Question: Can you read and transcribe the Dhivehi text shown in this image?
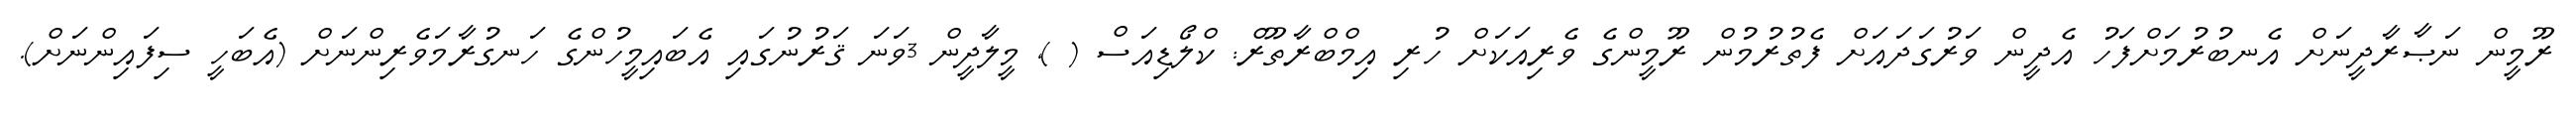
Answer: ރޫމީން ނަޞާރާދީނަށް އެނބުރުމަށްފަހު އެދީން ވަރުގަދައަށް ފެތުރުމުން ރޫމީންގެ ވެރިއަކަށް ހުރި އިމްބްރާތޫރް: ކްލޯޑިއަސް ( ), މީލާދީން 3ވަނަ ޤަރުނުގައި އެބައިމީހުންގެ ހަނގުރާމަވެރިންނަށް (އެބަހީ ސިފައިންނަށް).